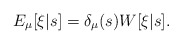
\begin{align*}E_\mu[\xi|s] = \delta_\mu(s) W[\xi|s].\end{align*}